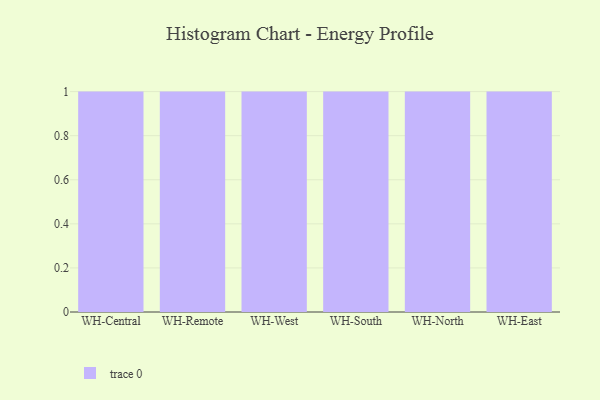
{"axis": {"x": "Warehouse", "y": "Production Output"}, "legend": [""], "data": [{"x": "WH-Central", "y": 10, "type": ""}, {"x": "WH-Remote", "y": 12, "type": ""}, {"x": "WH-West", "y": 63, "type": ""}, {"x": "WH-South", "y": 87, "type": ""}, {"x": "WH-North", "y": 52, "type": ""}, {"x": "WH-East", "y": 25, "type": ""}]}